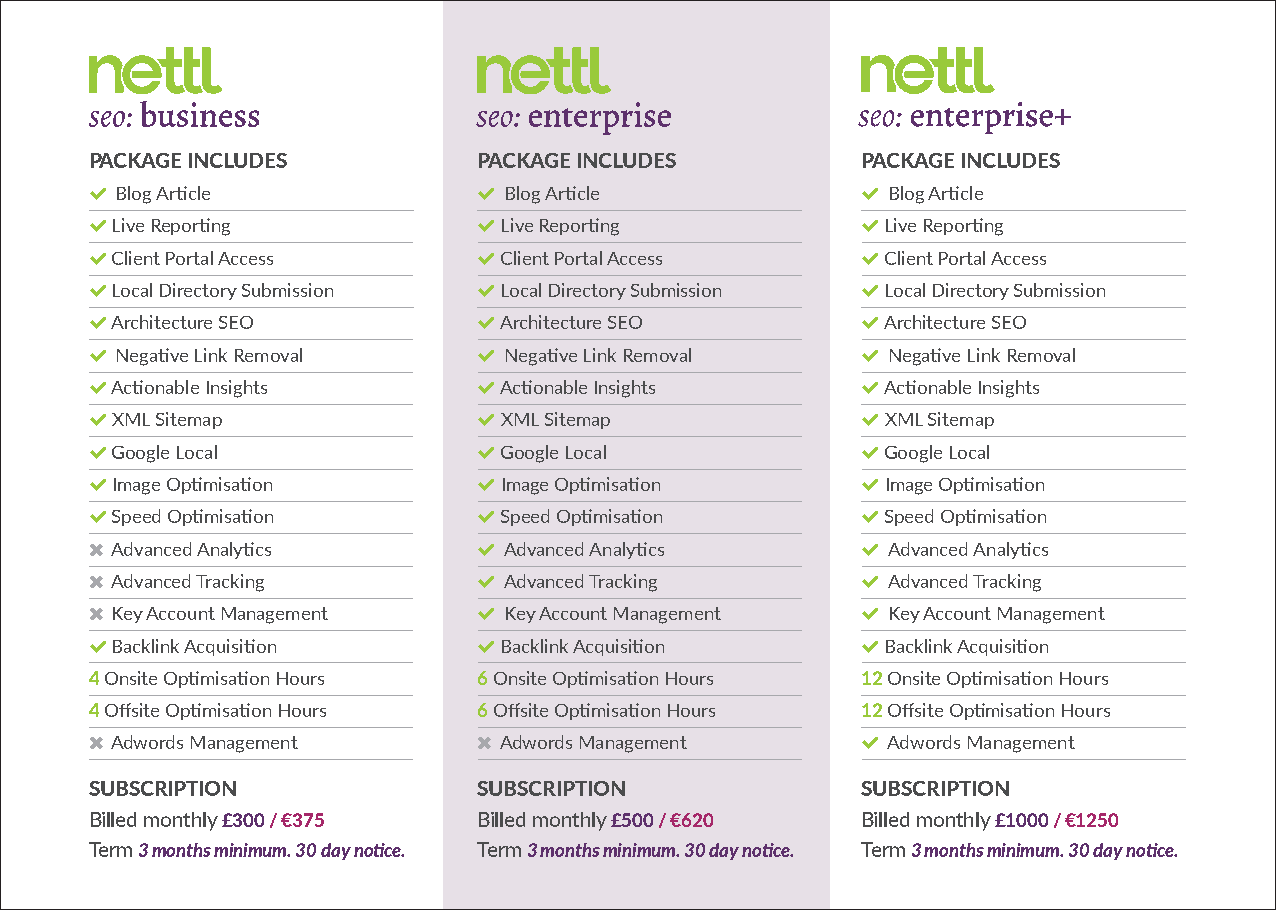
PACKAGE INCLUDES          PACKAGE INCLUDES         PACKAGE INCLUDES
  Blog Article             Blog Article            Blog Article
  Live Reporting           Live Reporting          Live Reporting
  Client Portal Access     Client Portal Access    Client Portal Access
  Local Directory Submission  Local Directory Submission  Local Directory Submission
  Architecture SEO         Architecture SEO        Architecture SEO
  Negative Link Removal    Negative Link Removal   Negative Link Removal
  Actionable Insights      Actionable Insights     Actionable Insights
  XML Sitemap              XML Sitemap             XML Sitemap
  Google Local             Google Local            Google Local
  Image Optimisation       Image Optimisation      Image Optimisation
  Speed Optimisation       Speed Optimisation      Speed Optimisation
  Advanced Analytics       Advanced Analytics      Advanced Analytics
  Advanced Tracking        Advanced Tracking       Advanced Tracking
  Key Account Management   Key Account Management  Key Account Management
  Backlink Acquisition     Backlink Acquisition    Backlink Acquisition
 4 Onsite Optimisation Hours 6 Onsite Optimisation Hours 12 Onsite Optimisation Hours
 4 Offsite Optimisation Hours 6 Offsite Optimisation Hours 12 Offsite Optimisation Hours
  Adwords Management       Adwords Management      Adwords Management
 SUBSCRIPTION              SUBSCRIPTION             SUBSCRIPTION
 Billed monthly £300 / €375 Billed monthly £500 / €620 Billed monthly £1000 / €1250
 Term 3 months minimum. 30 day notice. Term 3 months minimum. 30 day notice. Term 3 months minimum. 30 day notice.